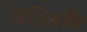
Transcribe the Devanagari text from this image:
बेलिये